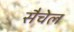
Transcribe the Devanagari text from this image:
सैचेल